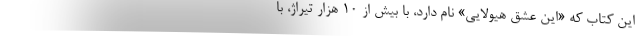
این کتاب که «این عشق هیولایی» نام دارد، با بیش از ۱۰ هزار تیراژ، با